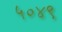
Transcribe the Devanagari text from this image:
५०४९